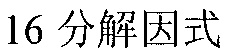
16 分解因式